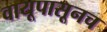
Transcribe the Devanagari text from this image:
वायूपासूनच